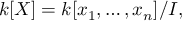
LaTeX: k [ X ] = k [ x _ { 1 } , \dots , x _ { n } ] / I ,